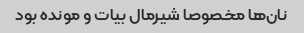
نان‌ها مخصوصا شیرمال بیات و مونده بود